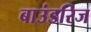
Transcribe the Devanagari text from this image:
बाउंडरिज